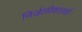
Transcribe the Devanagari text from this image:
निर्जलीकारकों